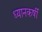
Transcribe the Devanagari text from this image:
ध्यानकर्षी